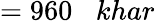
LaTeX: =960\; \; \; khar